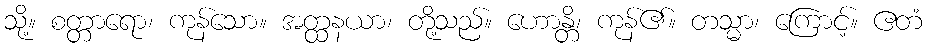
သို့။ စတ္တာရော၊ ကုန်သော။ အတ္ထနယာ၊ တို့သည်။ ဟောန္တိ၊ ကုန်၏။ တသ္မာ၊ ကြောင့်။ ဧတံ